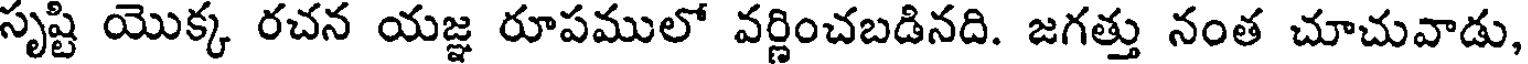
సృష్టి యొక్క రచన యజ్ఞ రూపములో వర్ణించబడినది. జగత్తు నంత చూచువాడు,